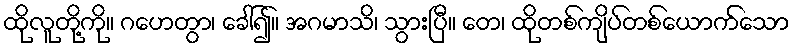
ထိုလူတို့ကို။ ဂဟေတွာ၊ ခေါ်၍။ အဂမာသိ၊ သွားပြီ။ တေ၊ ထိုတစ်ကျိပ်တစ်ယောက်သော